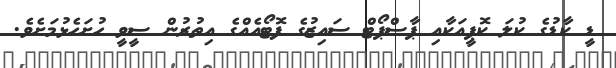
ޑީ ކާޑުގެ ކުލަ ކޮޕީއަކާއި ޕާސްޕޯޓް ސައިޒުގެ ފޮޓޯއެއްގެ އިތުރުން ސީވީ ހުށަހެޅުމަށެވެ.